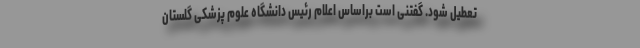
تعطیل شود. گفتنی است براساس اعلام رئیس دانشگاه علوم پزشکی گلستان